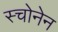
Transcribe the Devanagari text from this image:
स्चोनेन